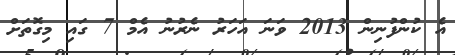
އެ ކުންފުނިން 2013 ވަނަ އަހަރު ނެރުނު އެމް 7 ގައި މިގޮތަށް